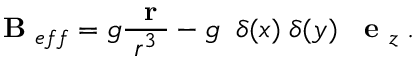
\mathrm { ~ \bf ~ B ~ } _ { e f f } = g \frac { \mathrm { ~ \bf ~ r ~ } } { r ^ { 3 } } - g \; \; \delta ( x ) \; \delta ( y ) \; { \mathrm { ~ \bf ~ e ~ } } _ { z } \; .